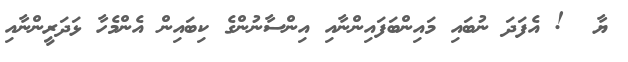
ޔާ  ! އެފަދަ ނުބައި މައިންބަފައިންނާއި އިންސާނުންގެ ކިބައިން އެންމެހާ ޅަދަރީންނާއި